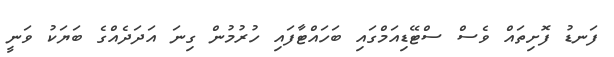
ފަނޑު ފޮށިތައް ވެސް ސްޓޭޑިއަމްގައި ބަހައްޓާފައި ހުރުމުން ގިނަ އަދަދެއްގެ ބަޔަކު ވަނީ